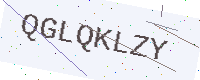
Text: QGLQKLZY